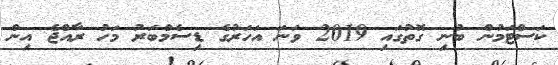
ކަސްޓަމުން ބުނި ގޮތުގައި 2019 ވަނަ އަހަރުގެ ޑިސެމްބަރު މަހު ރާއްޖެ އިން